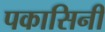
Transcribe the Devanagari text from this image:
पकासिनी